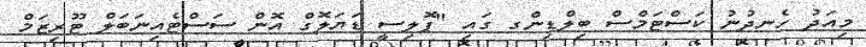
މިއަދު ހެނދުނު ކަސްޓަމްސް ބިލްޑިންގ ގައި "ޕޮލިސީ ޑަޔަލޮގް އޮން ސަސްޓެއިނަބަލް ޓޫރިޒަމް